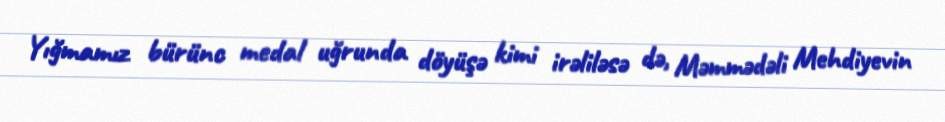
Yığmamız bürünc medal uğrunda döyüşə kimi irəliləsə də, Məmmədəli Mehdiyevin